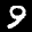
Label: 9